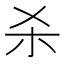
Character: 杀